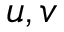
u , v